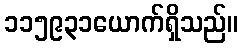
၁၁၅၉၃၁ယောက်ရှိသည်။